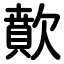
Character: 歕